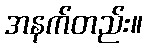
အနက်တည်း။